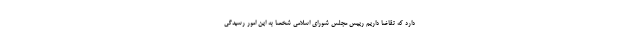
دارد که تقاضا داریم رییس مجلس شورای اسلامی شخصا به این امور رسیدگی